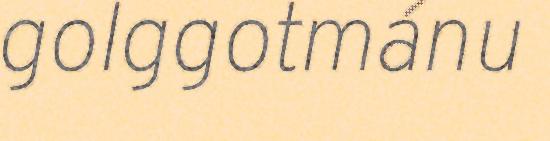
golggotmánu